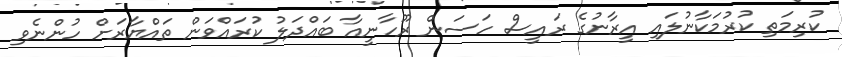
ކުރިމަތި ކުރުމަކާނުލައި އީރާނުގެ ރައީސް ހަސަން ރޫހާނީއާ ބައްދަލު ކުރައްވަން ތައްޔާރަށް ހުންނެވި